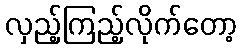
လှည့်ကြည့်လိုက်တော့